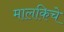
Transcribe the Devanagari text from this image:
मालकिचे